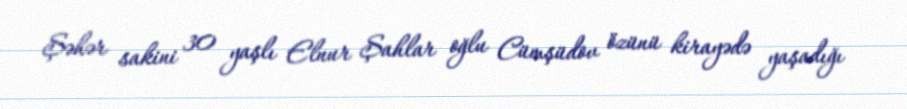
Şəhər sakini 30 yaşlı Elnur Şahlar oğlu Cümşüdov özünü kirayədə yaşadığı